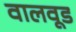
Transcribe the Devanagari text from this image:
वालवूड